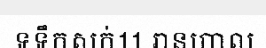
ទទឹកសក់11 រានហាល